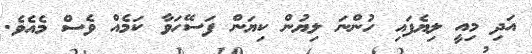
އަދި މިއީ ލިޔެފައި ހުންނަ ލިޔުން ކިޔަން ފަސޭހަވާ ކަމެއް ވެސް މެއެވެ.